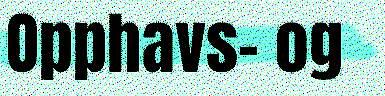
Opphavs- og